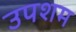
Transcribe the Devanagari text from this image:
उपशम